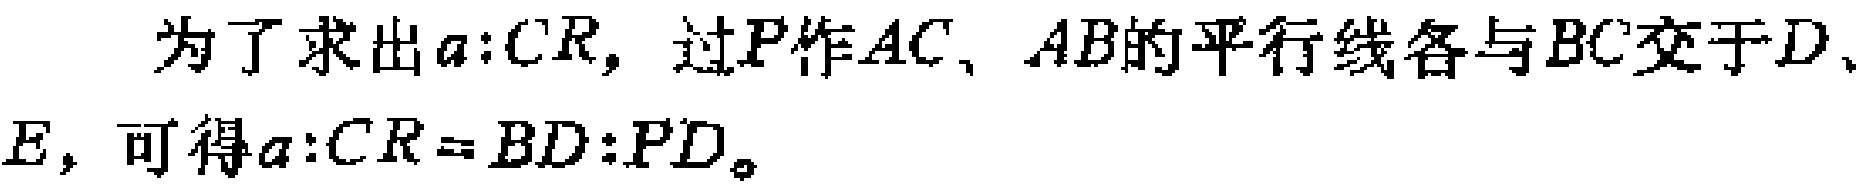
为了求出\(a:CR\)，过\(P\)作\(AC\)、\(AB\)的平行线各与\(BC\)交于\(D\)、\(E\)，可得\(a:CR = BD:PD\)。